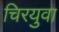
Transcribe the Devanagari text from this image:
चिरयुवा